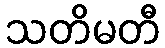
သတိမတီ